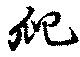
爬